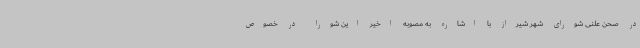
در صحن علنی شورای شهر شیراز با اشاره به مصوبه اخیر این شورا در خصوص